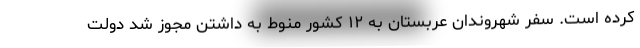
کرده است. سفر شهروندان عربستان به ۱۲ کشور منوط به داشتن مجوز شد دولت